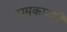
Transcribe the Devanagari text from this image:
रामकायरी